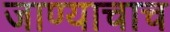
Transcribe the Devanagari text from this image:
जाण्याचाच